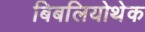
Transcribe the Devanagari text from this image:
बिबलियोथेक